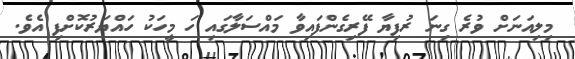
މިލިއަނަށް ވުރެ ގިނަ ރުފިޔާ ފޭރިގެންފައިވާ މައްސަލާގައި ހަ މީހަކު ހައްޔަރުކޮށްފި އެވެ.